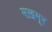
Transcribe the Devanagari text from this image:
मख़मूर